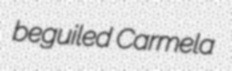
beguiled Carmela